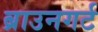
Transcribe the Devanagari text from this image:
ब्राउनगर्ट